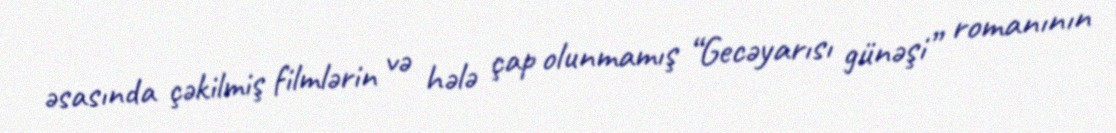
əsasında çəkilmiş filmlərin və hələ çap olunmamış “Gecəyarısı günəşi” romanının